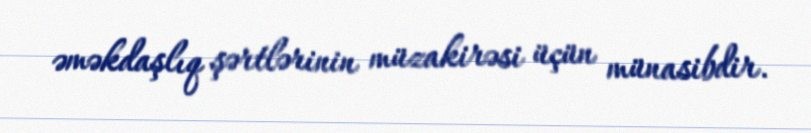
əməkdaşlıq şərtlərinin müzakirəsi üçün münasibdir.